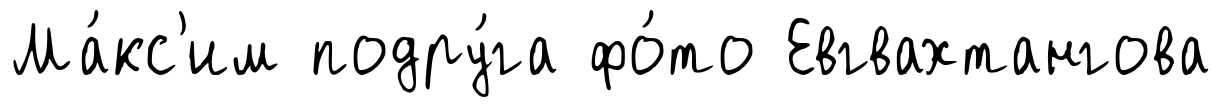
Ма́кс'им подру́га фо́то Евгвахтангова